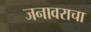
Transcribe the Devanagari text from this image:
जनावराचा